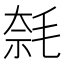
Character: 𣮦